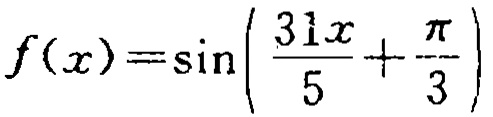
\(f(x)=\sin\left(\frac{31x}{5}+\frac{\pi}{3}\right)\)